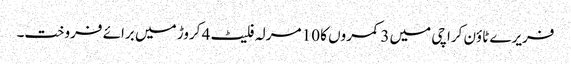
فریرے ٹاؤن کراچی میں 3 کمروں کا 10 مرلہ فلیٹ 4 کروڑ میں برائے فروخت۔